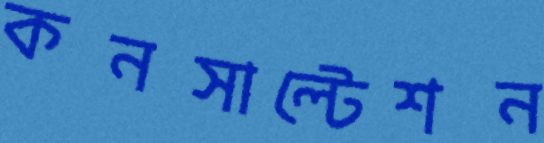
কনসাল্টেশন